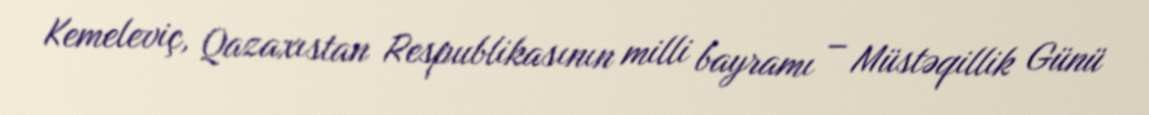
Kemeleviç, Qazaxıstan Respublikasının milli bayramı – Müstəqillik Günü